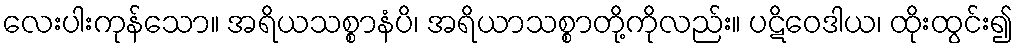
လေးပါးကုန်သော။ အရိယသစ္စာနံပိ၊ အရိယာသစ္စာတို့ကိုလည်း။ ပဋိဝေဒါယ၊ ထိုးထွင်း၍